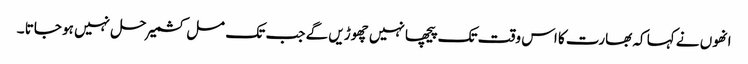
انھوں نے کہا کہ بھارت کا اس وقت تک پیچھا نہیں چھوڑیں گے جب تک مسل کشمیر حل نہیں ہو جاتا ۔